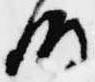
時